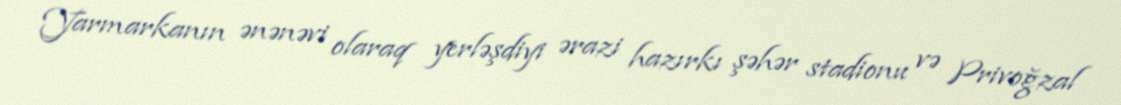
Yarmarkanın ənənəvi olaraq yerləşdiyi ərazi hazırkı şəhər stadionu və Privoğzal